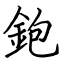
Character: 鉋